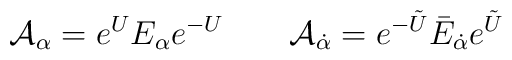
{\cal A}_{\alpha}=e^{U}E_{\alpha}e^{-U} \qquad {\cal A}_{\dot \alpha}=e^{-\tilde U}\bar E_{\dot \alpha}e^{\tilde U}